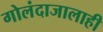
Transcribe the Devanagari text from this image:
गोलंदाजालाही